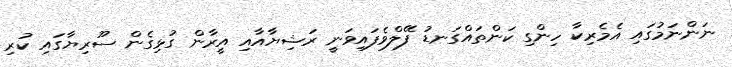
ނަންނަމުގައި އެމެރިކާ ހިންގި ކަންތައްގަނޑު ފޭލްވެފައިވަނީ ރަޝިޔާއާއި އީރާން ގުޅިގެން ސޫރިޔާގައި ކުރި